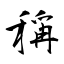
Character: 稱